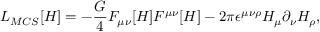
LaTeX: { \cal L } _ { M C S } [ H ] = - \frac { G } { 4 } F _ { \mu \nu } [ H ] F ^ { \mu \nu } [ H ] - 2 \pi \epsilon ^ { \mu \nu \rho } H _ { \mu } \partial _ { \nu } H _ { \rho } ,